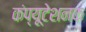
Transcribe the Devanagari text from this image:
कंप्यूटेशनक